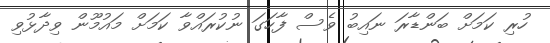
ހުރި ކަމަށް ބަންޑާރަ ނައިބު ވެސް ފާހަގަ ނުކުރައްވާ ކަމަށް މައުމޫން ވިދާޅުވި